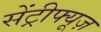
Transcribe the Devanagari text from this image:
सेंट्रीफ्यूज़